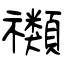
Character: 禷